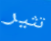
تثير